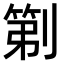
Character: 𫦒